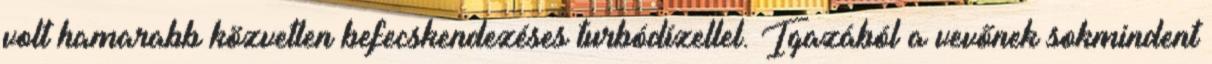
volt hamarabb közvetlen befecskendezéses turbódízellel. Igazából a vevőnek sokmindent